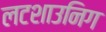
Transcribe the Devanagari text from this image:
लटशाउनिग